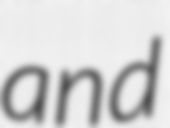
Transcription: and